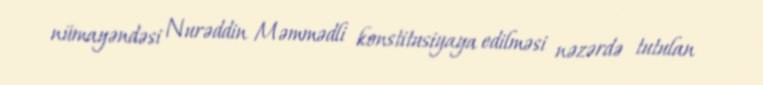
nümayəndəsi Nurəddin Məmmədli konstitusiyaya edilməsi nəzərdə tutulan